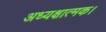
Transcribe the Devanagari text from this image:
अध्यक्षात्मक।